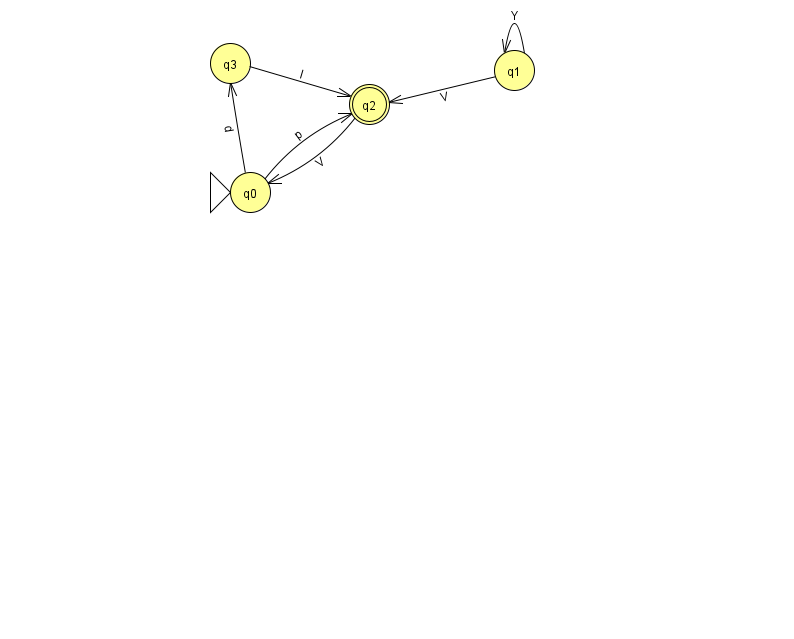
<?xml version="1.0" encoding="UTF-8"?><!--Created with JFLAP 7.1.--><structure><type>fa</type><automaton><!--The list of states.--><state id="0" name="q0"><x>250.0</x><y>179.0</y><initial/></state><state id="1" name="q1"><x>514.0</x><y>57.0</y></state><state id="2" name="q2"><x>369.0</x><y>91.0</y><final/></state><state id="3" name="q3"><x>230.0</x><y>50.0</y></state><!--The list of transitions.--><transition><from>1</from><to>2</to><read>V</read></transition><transition><from>3</from><to>2</to><read>l</read></transition><transition><from>0</from><to>3</to><read>d</read></transition><transition><from>1</from><to>1</to><read>Y</read></transition><transition><from>2</from><to>0</to><read>V</read></transition><transition><from>0</from><to>2</to><read>p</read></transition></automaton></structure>